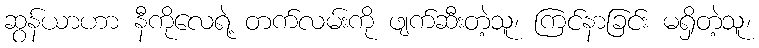
ဆွန်ယာဟာ နီကိုလေရဲ့ တက်လမ်းကို ဖျက်ဆီးတဲ့သူ၊ ကြင်နာခြင်း မရှိတဲ့သူ၊